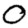
Digit: 0